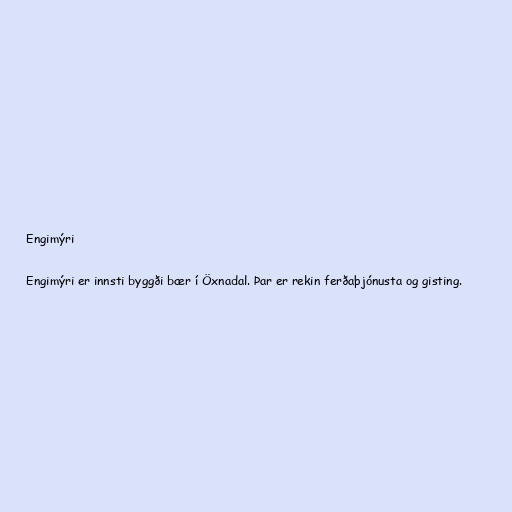
Engimýri

Engimýri er innsti byggði bær í Öxnadal. Þar er rekin ferðaþjónusta og gisting.